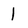
Character: 1